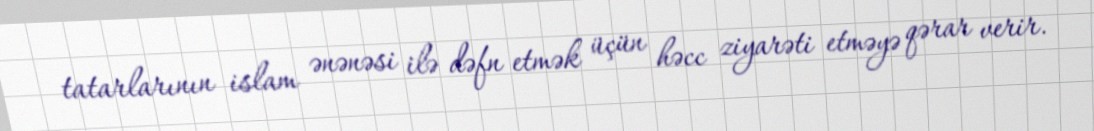
tatarlarının islam ənənəsi ilə dəfn etmək üçün həcc ziyarəti etməyə qərar verir.